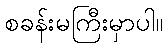
စခန်းမကြီးမှာပါ။